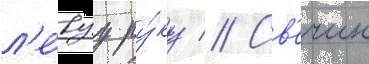
л'е́вуу ру́ку // Св'ечин